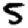
Digit: 5